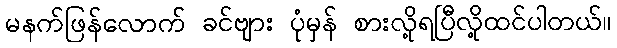
မနက်ဖြန်လောက် ခင်ဗျား ပုံမှန် စားလို့ရပြီလို့ထင်ပါတယ်။